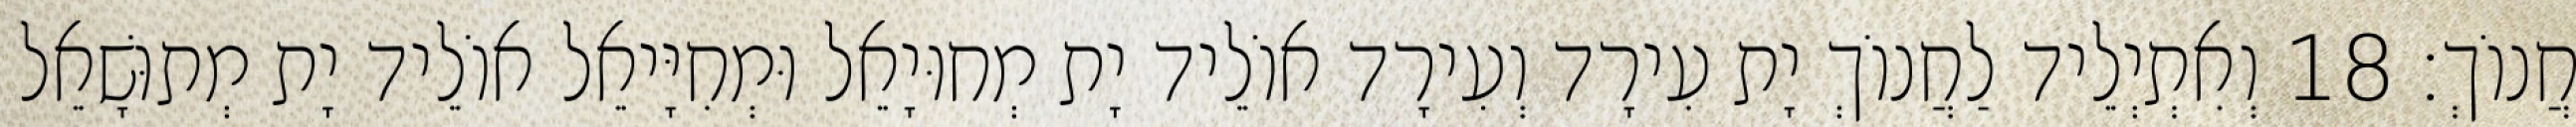
חֲנוֹךְ׃ 18 וְאִתְיְלֵיד לַחֲנוֹךְ יָת עִירָד וְעִירָד אוֹלֵיד יָת מְחוּיָאֵל וּמְחִיָּיאֵל אוֹלֵיד יָת מְתוּשָׁאֵל